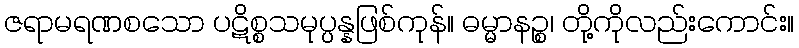
ဇရာမရဏစသော ပဋိစ္စသမုပ္ပန္နဖြစ်ကုန်။ ဓမ္မာနဉ္စ၊ တို့ကိုလည်းကောင်း။